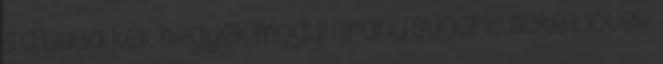
s a budai kék hegyek mögül arany sugárküllőket lövelt